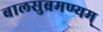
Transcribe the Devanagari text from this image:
बालसुब्रमण्यम्